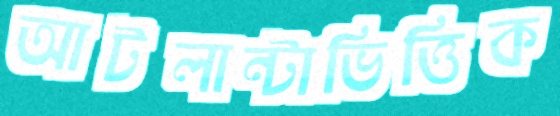
আটলান্টাভিত্তিক